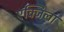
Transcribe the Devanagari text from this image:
एक्जिला